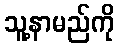
သူ့နာမည်ကို